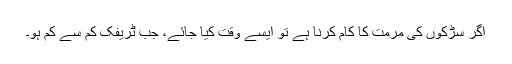
اگر سڑکوں کی مرمت کا کام کرنا ہے تو ایسے وقت کیا جائے، جب ٹریفک کم سے کم ہو۔